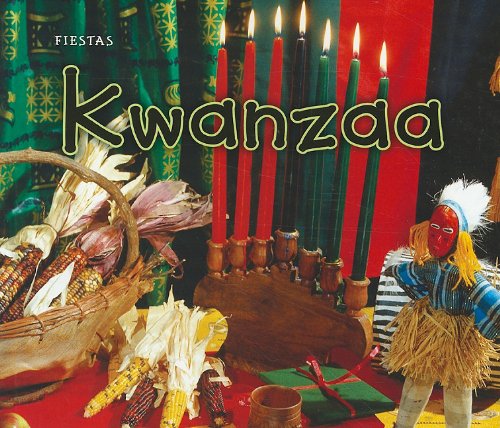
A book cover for Kwanzaa (Fiestas) (Spanish Edition); Rebecca Rissman; Children's Books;